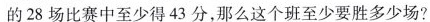
的28场比赛中至少得43分，那么这个班至少要胜多少场?